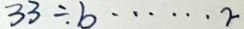
3 3 \div b \cdots r